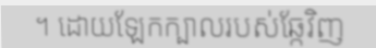
។ ដោយឡែកក្បាលរបស់ឆ្កែវិញ